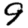
Digit: 9